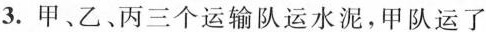
3.甲、乙、丙三个运输队运水泥，甲队运了